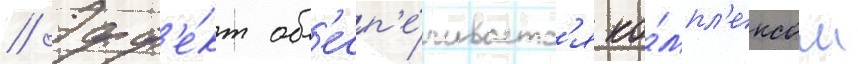
// Эфф'е́кт об'есп'е́чиваетс'я ко́мпл'ексом